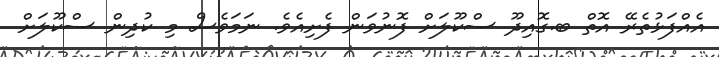
އެއްފަޅުތެރޭ އޮތް ބ.ގޮއިދޫ ސްކޫލަށް ފޮނުވަން ފެށިއެވެ. ނަމަވެސް މި ކުދިން ސްކޫލަށް